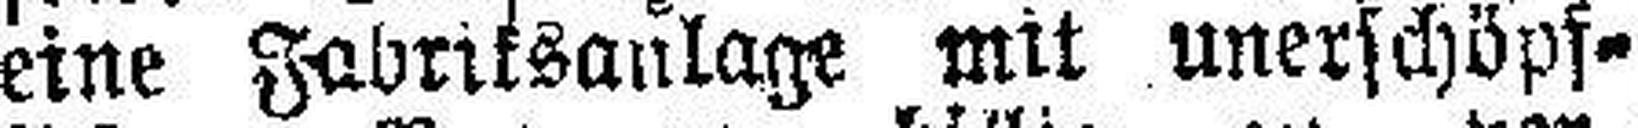
eine Fabriksanlage mit unerschöpf¬